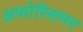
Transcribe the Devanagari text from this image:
अफोरिसमर